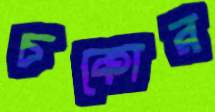
চকোর